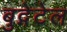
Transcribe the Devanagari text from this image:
बुद्गेटेल